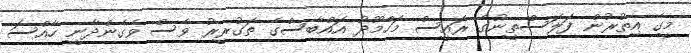
މީގެ އިތުރުން ފަލަސްތީނުގެ ރައީސް މަހްމޫދު އައްބާސްގެ ތަގުރީރު ވެސް ވެގެންދާނީ ހާއްސަ